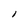
Character: l